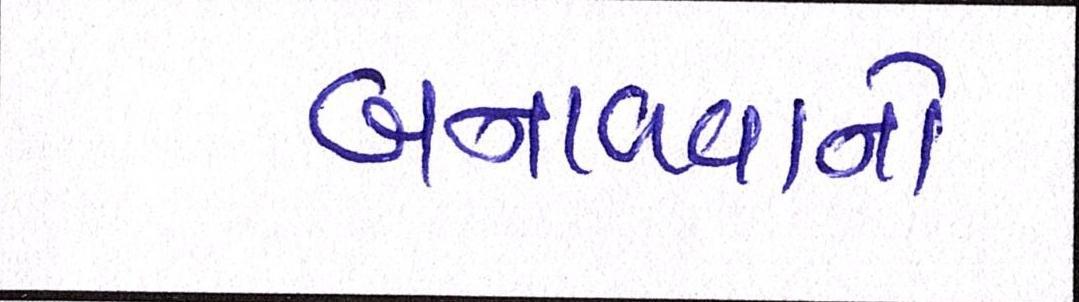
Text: બનાવવાનો